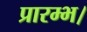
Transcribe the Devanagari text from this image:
प्रारम्‍भ।